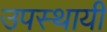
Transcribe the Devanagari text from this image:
उपस्थायी